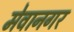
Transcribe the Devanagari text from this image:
मेवानगर